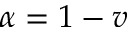
\alpha = 1 - v